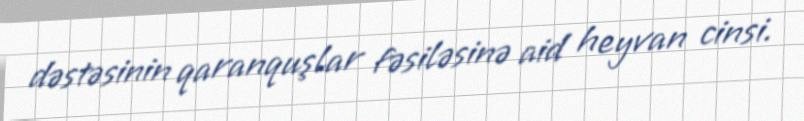
dəstəsinin qaranquşlar fəsiləsinə aid heyvan cinsi.